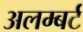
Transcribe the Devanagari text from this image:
अलम्बर्ट